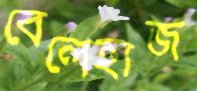
বেলেহাজ